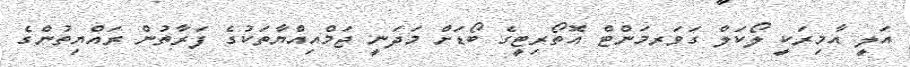
އަލީ އާމިރަކީ ލޯކަލް ގަވަރމަންޓް އޮތޯރިޓީގެ ބޯޑަށް މަދަނީ ޖަމްއިއްޔާތަކުގެ ފަރާތުން ރައްޔިތުންގެ